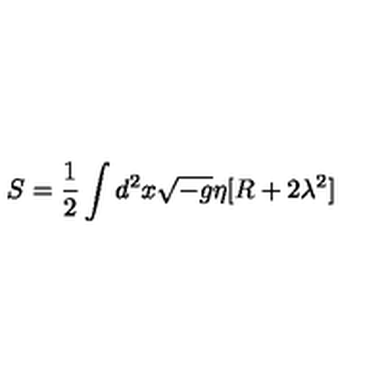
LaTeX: S = \frac 1 2 \int d ^ { 2 } x \sqrt { - g } \eta [ R + 2 \lambda ^ { 2 } ]